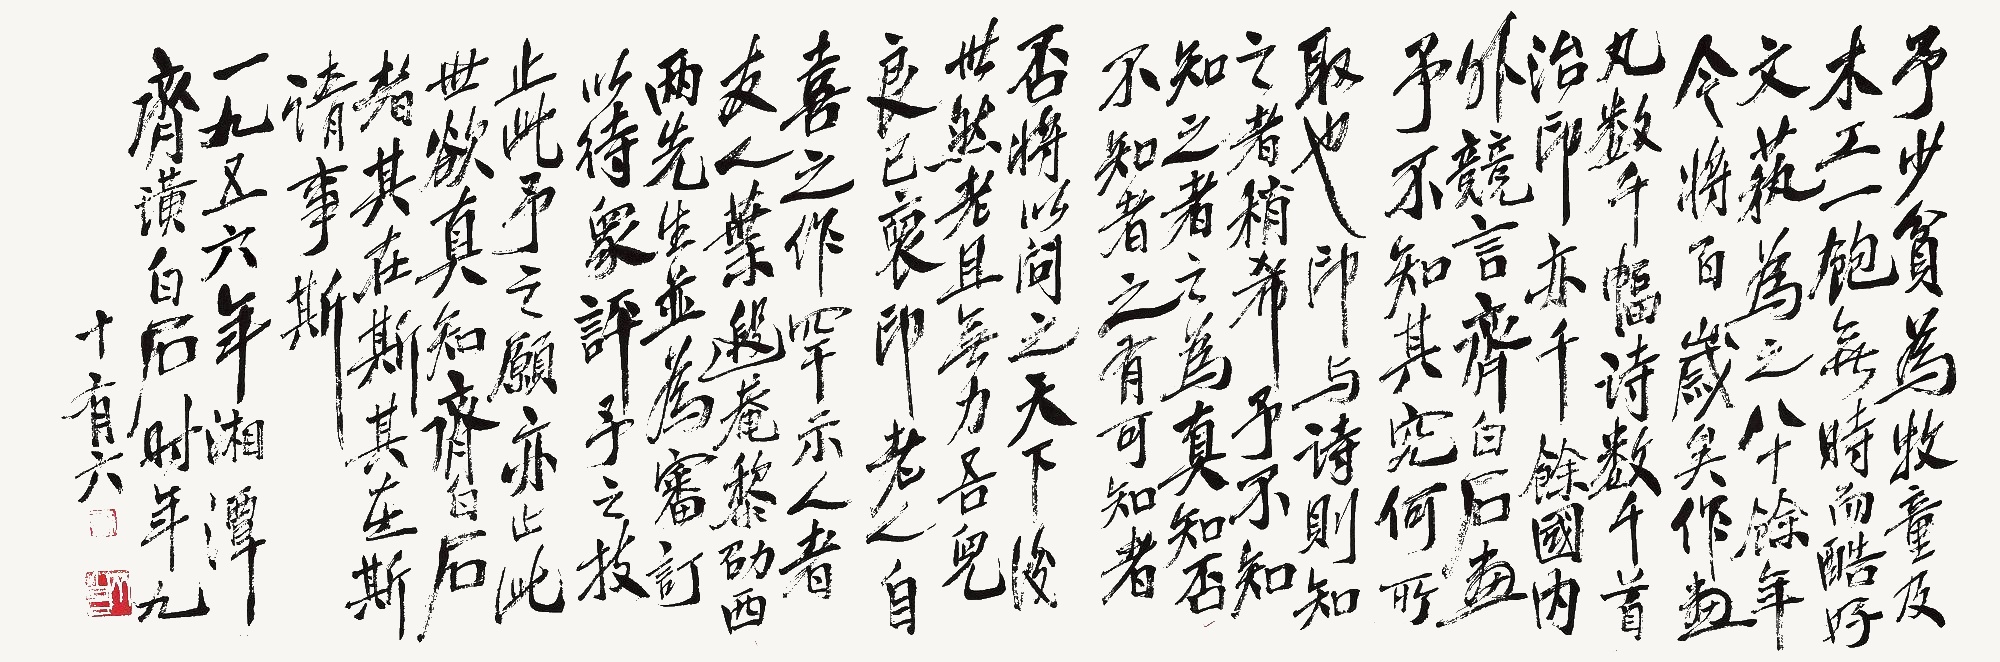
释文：予少贫，为牧童及木工。一饱无时而酷好文艺。为之八十余年，今将百岁矣。作画凡数千幅，诗数千首，治印亦千余。国内外竞言齐白石画。予不知其究何所取也。印与诗则知之者稍稀。予不知知之者之为真知否？不知者之有可知者否？将以问天下后世。然老且无力。吾儿良已裒印老人自喜之作罕示人者，友人叶遐庵、黎劭西两先生并为审订，以待众评。予之技止此，予之愿亦止此。世欲真知齐白石者，其在斯！其在斯！请事斯！一九五（五）六年，湘潭齐璜白石，时年九十有六。